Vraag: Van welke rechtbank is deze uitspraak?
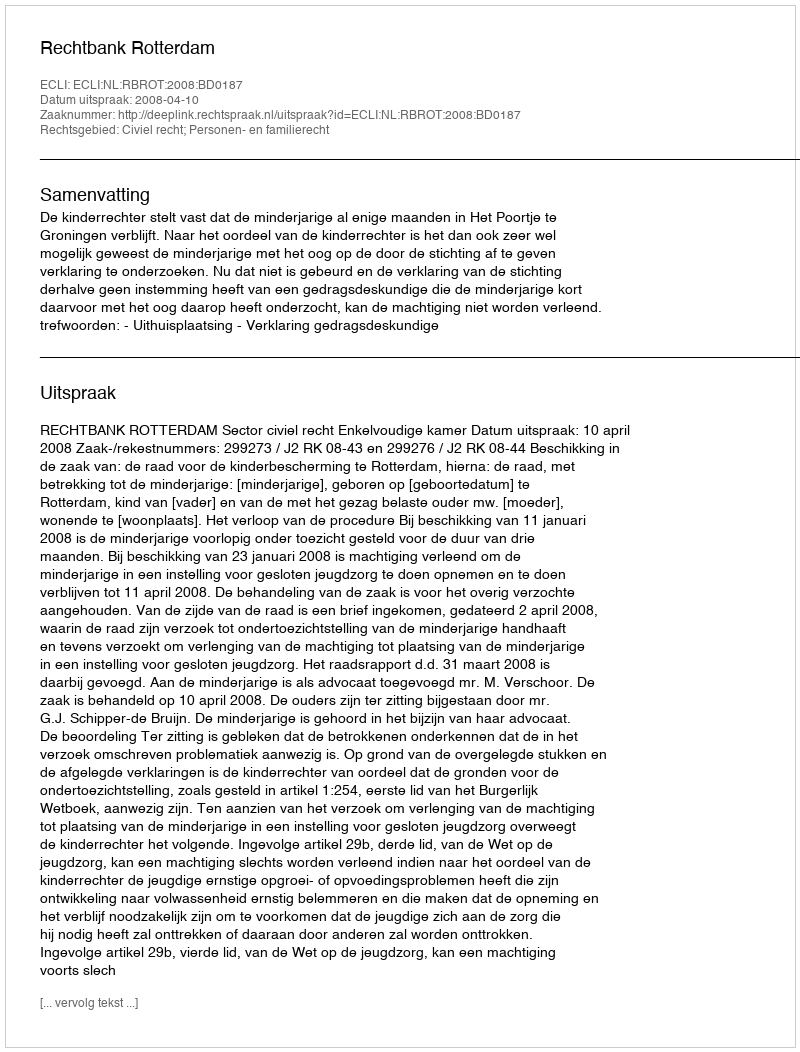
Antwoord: Rechtbank Rotterdam